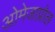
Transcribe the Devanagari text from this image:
ओमेजाप्रोल